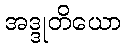
အဒ္ဒုတိယော